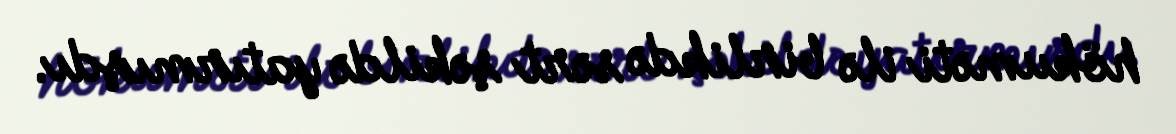
hökuməti ilə birlikdə sərt şəkildə yatırmışdı.